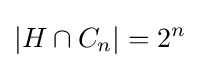
|H\cap C_{n}|=2^{n}